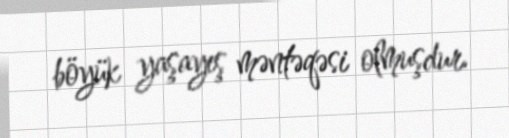
böyük yaşayış məntəqəsi olmuşdur.